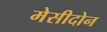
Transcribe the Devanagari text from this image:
मेसीदोन